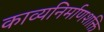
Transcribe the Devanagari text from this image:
काव्यनिर्माणशक्ति